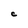
Character: c